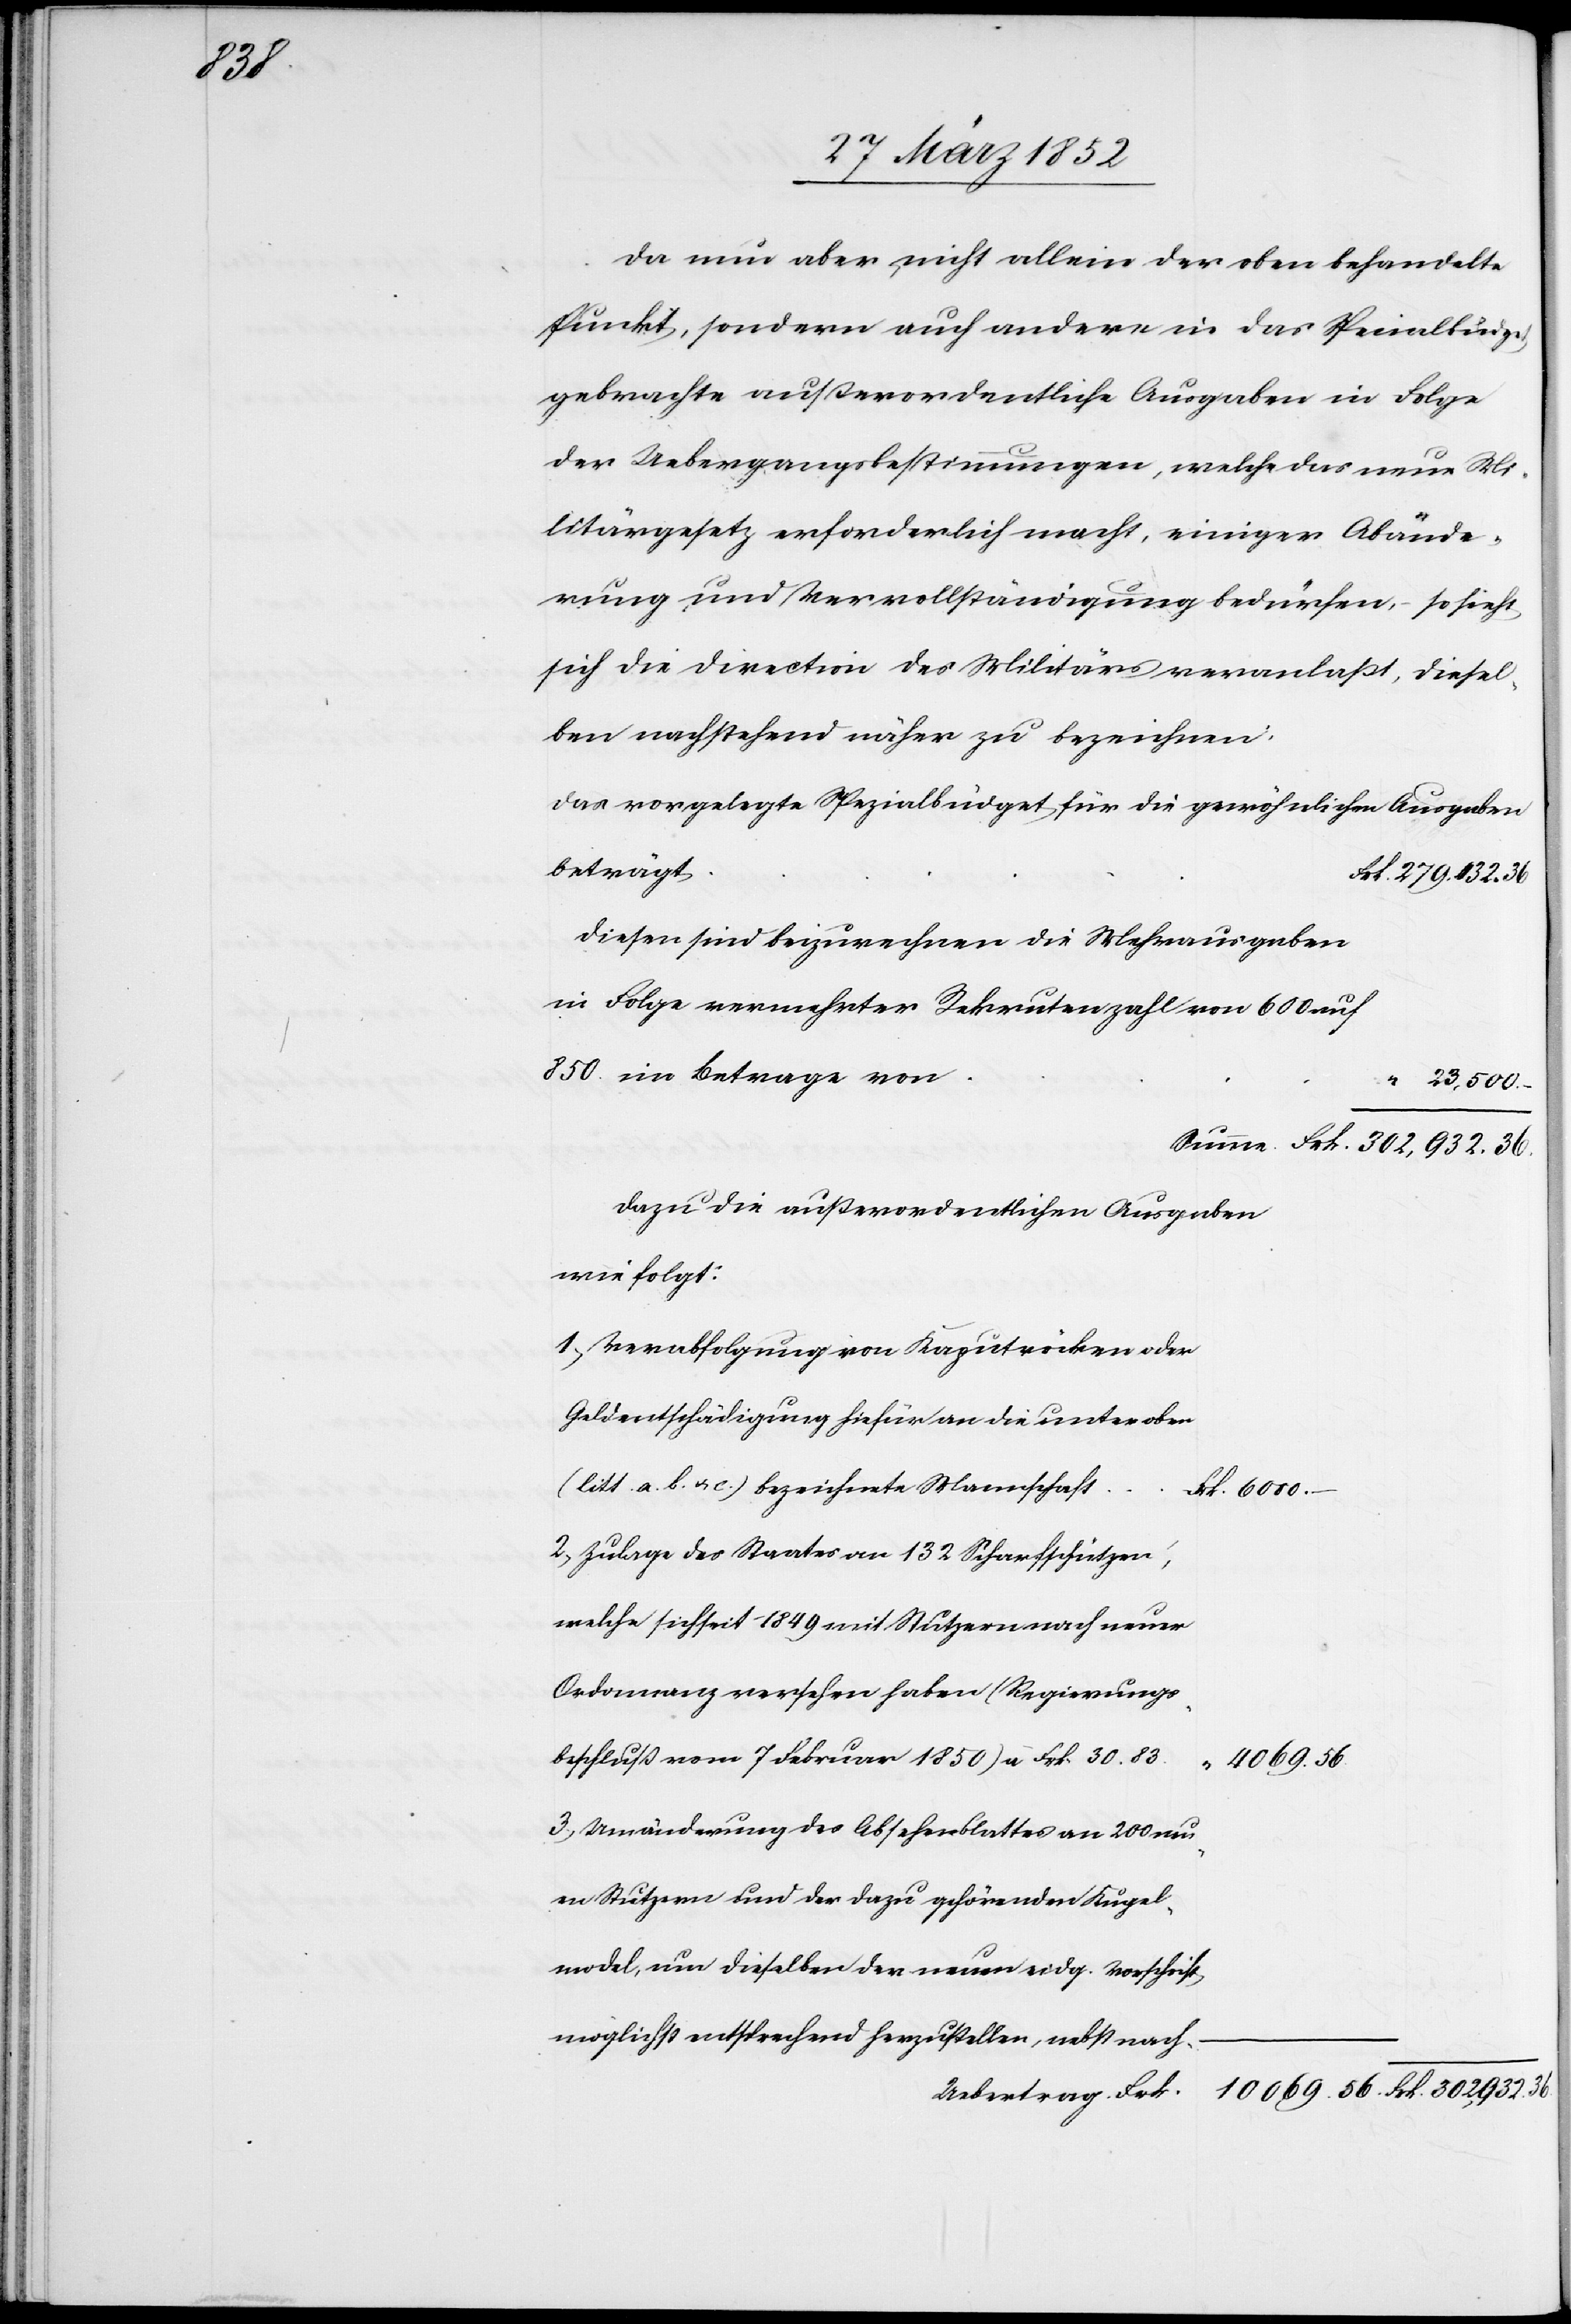
Frk.

Da nun aber nicht allein der oben behandelte
Punkt, sondern auch andere in das Specialbudget
gebrachte außerordentliche Ausgaben in Folge
der Uebergangsbestimmungen, welche das neue Mi¬
litärgesetz erforderlicht macht, einiger Abände¬
rung und Vervollständigung bedürfen, – so sieht
sich die Direction des Militärs veranlaßt, diesel¬
ben nachstehend näher zu bezeichnen.
Das vorgelegte Spezialbudget für die gewöhnlichen Ausgaben
beträgt
Diesen sind beizurechnen die Mehrausgaben
in Folge vermehrter Rekrutenzahl von 600 auf
850 im Betrage von
23,500.
Dazu die außerordentliche Ausgaben
wie folgt:
1) Verabfolgung von Kaputröcken oder
Geldentschädigung hiefür an die unter oben
(litt. a. b. c.) bezeichnete Mannschaft
2) Zulage des Staates an 132 Scharfschützen,
welche sich seit 1849 mit Stutzern nach neuer
Ordonnanz versehen haben (Regierungs¬
beschluß vom 7 Februar 1850) à Frk. 30. 83
3) Veränderung des Absehenblattes vn 200 neu¬
en Stutzern und der dazu gehörenden Kugel¬
model, um dieselben der neuen eidg. Vorschrift
möglichst entsprechend herzustellen, nebst nach-